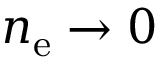
n _ { \mathrm { e } } \to 0